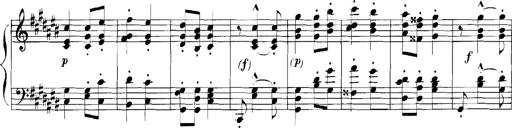
Title: Rhapsodies hongroises
Composer: Franz Liszt